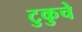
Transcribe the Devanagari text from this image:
टुकुचे